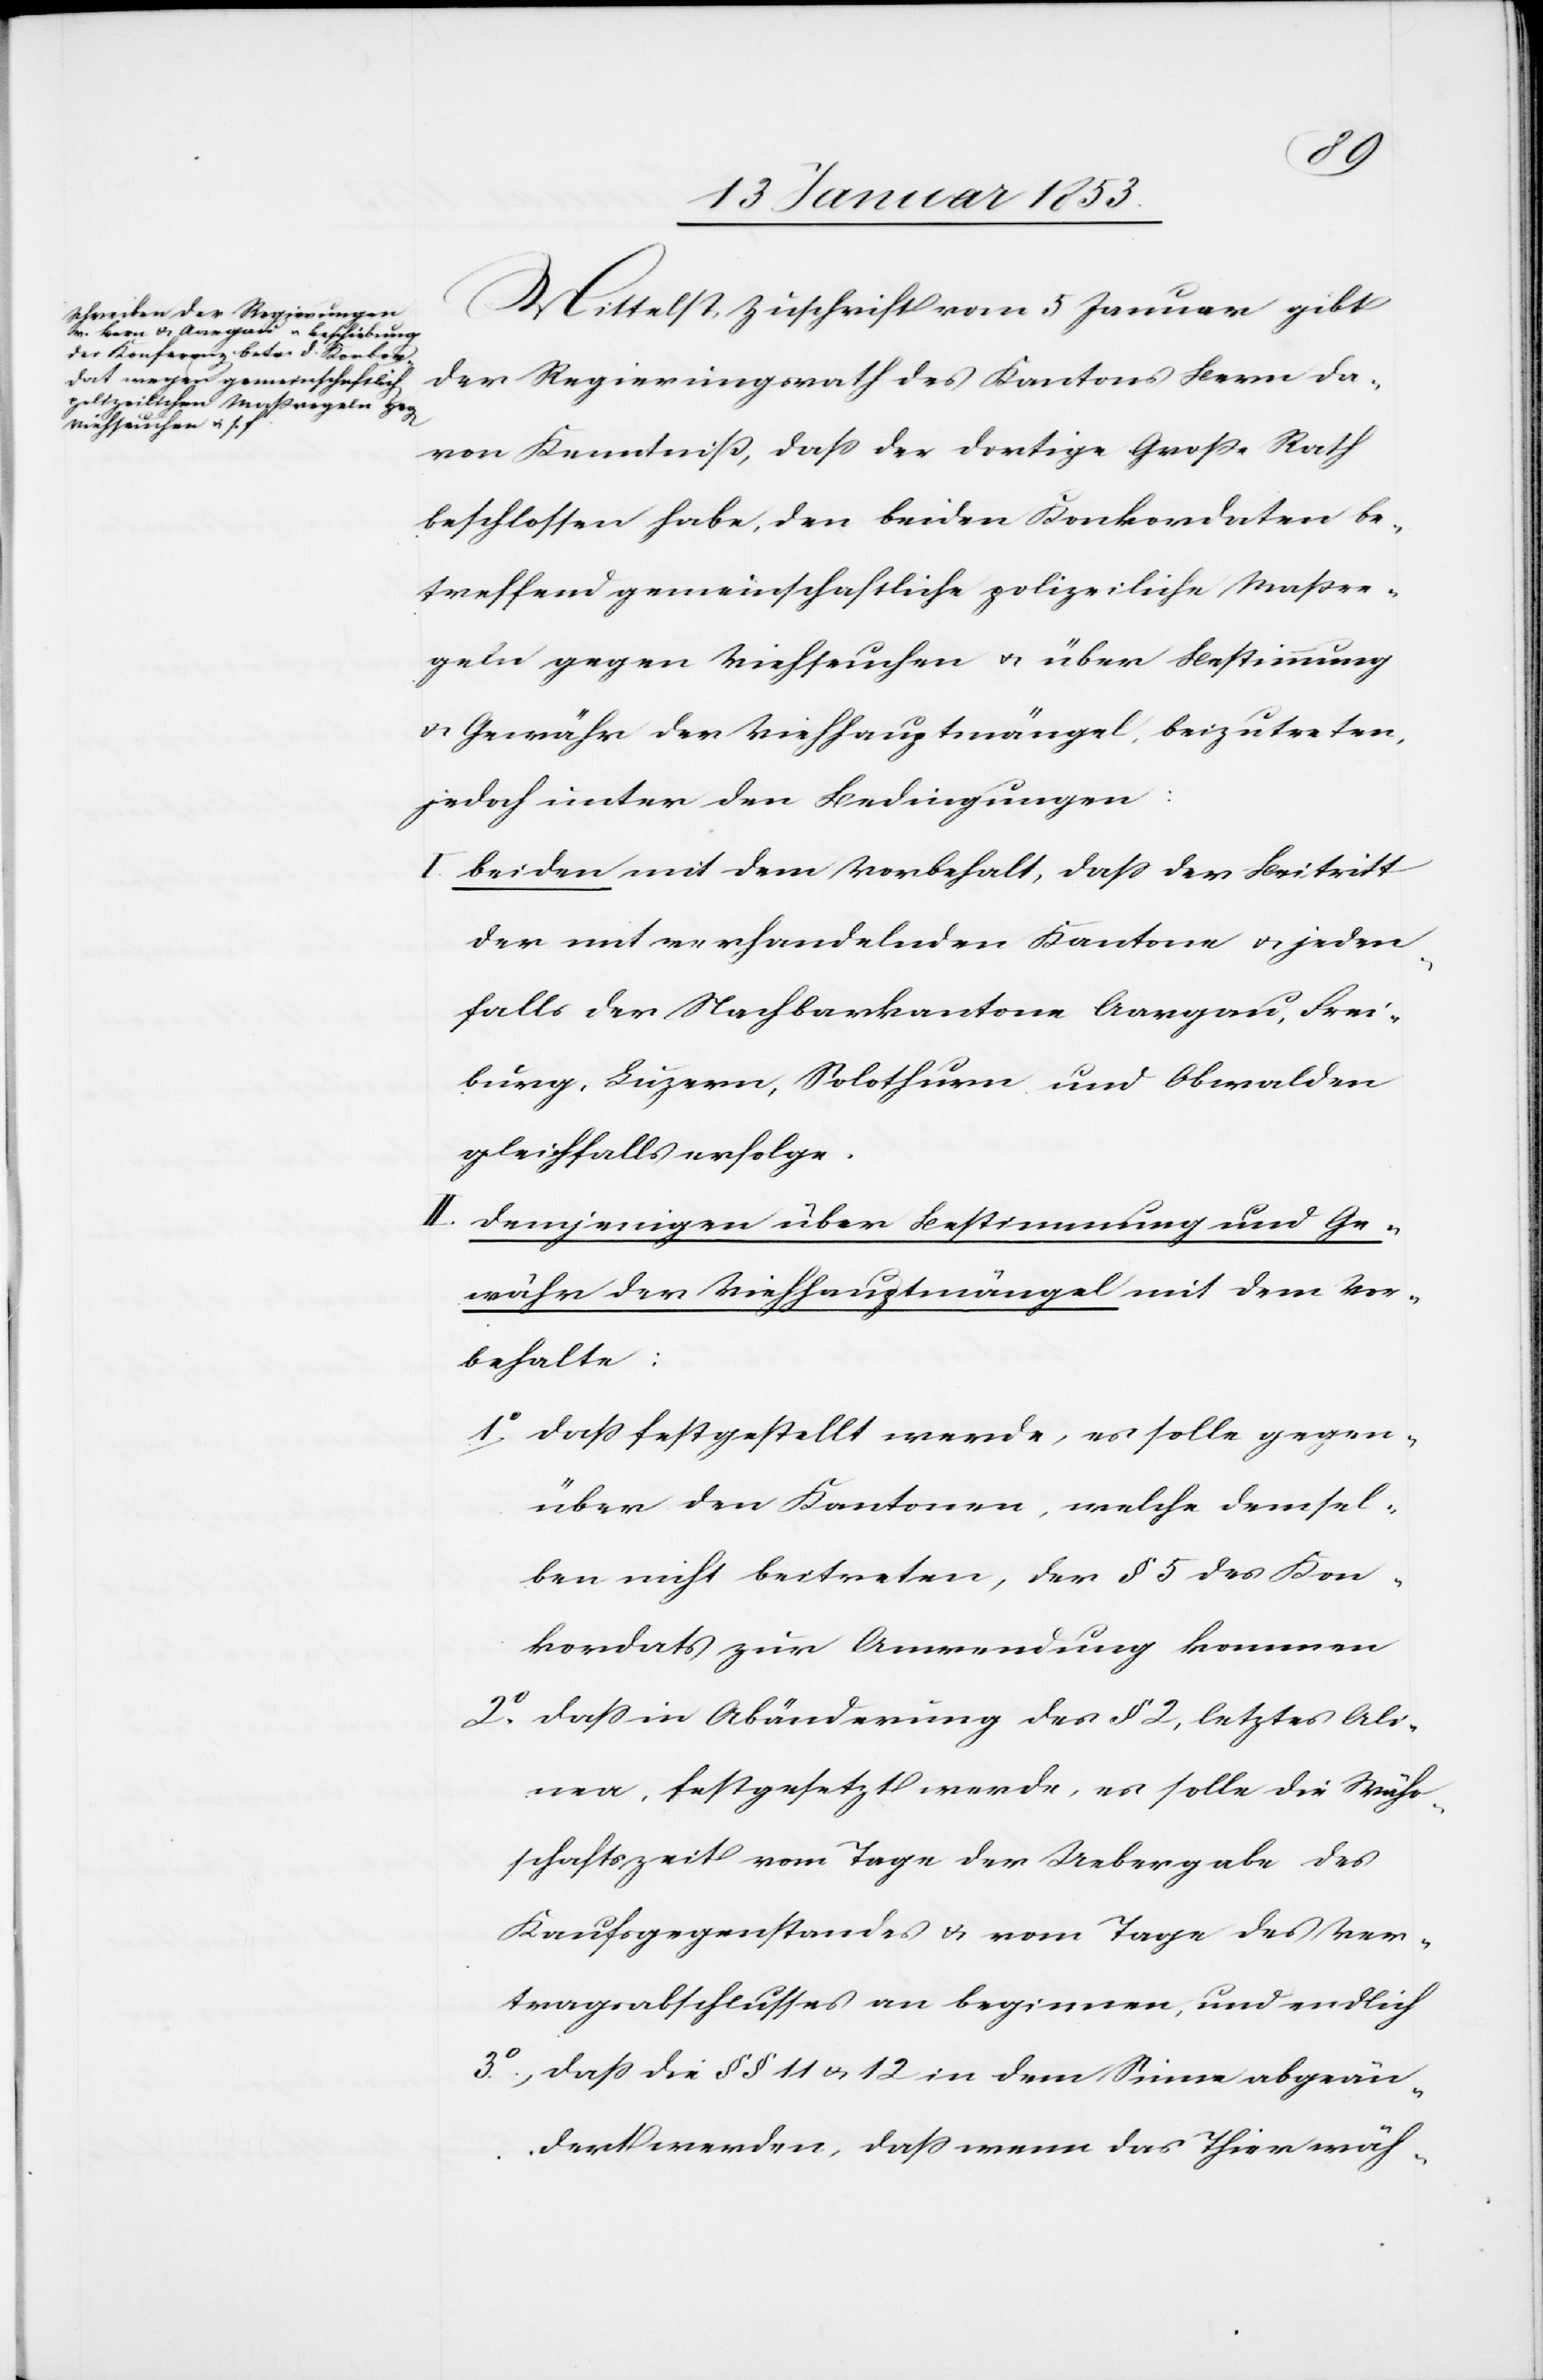
Mittelst Zuschrift vom 5 Januar gibt
der Regierungsrath des Kantons Bern da¬
von Kenntniß, daß der dortige Große Rath
beschlossen habe, den beiden Konkordaten be¬
treffend gemeinschaftliche polizeiliche Maßre¬
geln gegen Viehseuchen u. über Bestimmung
v. Gewähr der Viehhauptmängel, beizutreten,
jedoch unter den Bedingungen:
I. Beiden mit dem Vorbehalt, daß der Beitritt
der mit verhandelnden Kantone u. jeden¬
falls der Nachbarkantone Aargau, Fri¬
burg, Luzern, Solothurn und Obwalden
gleichfalls erfolge.
II. Demjenigen über Bestimmung und Ge¬
währ der Viehzuchtmängel mit dem Vor¬
behalte:
1. daß festgestellt werde, es solle gegen¬
über den Kantonen, welche demsel¬
ben nicht beitreten, der § 5 des Kon¬
kordats zur Anwendung kommen
2. daß in Abänderung des § 2, letztes Ali¬
nea, festgesetzt werde, es solle die Währ¬
schaftszeit vom Tage der Uebergabe des
Kaufsgegenstands u. vom Tage des Ver¬
tragsabschlusses an beginnen, und endlich
3. daß die §§ 11 u. 12 in dem Sinne abgeän¬
dert werden, daß wenn das Thier wäh-